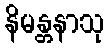
နိမန္တနာသု